Report of the Municipal Commissioner on the plague in Bombay for the year ending 31st May... - Volume 1
Disease focus: Plague
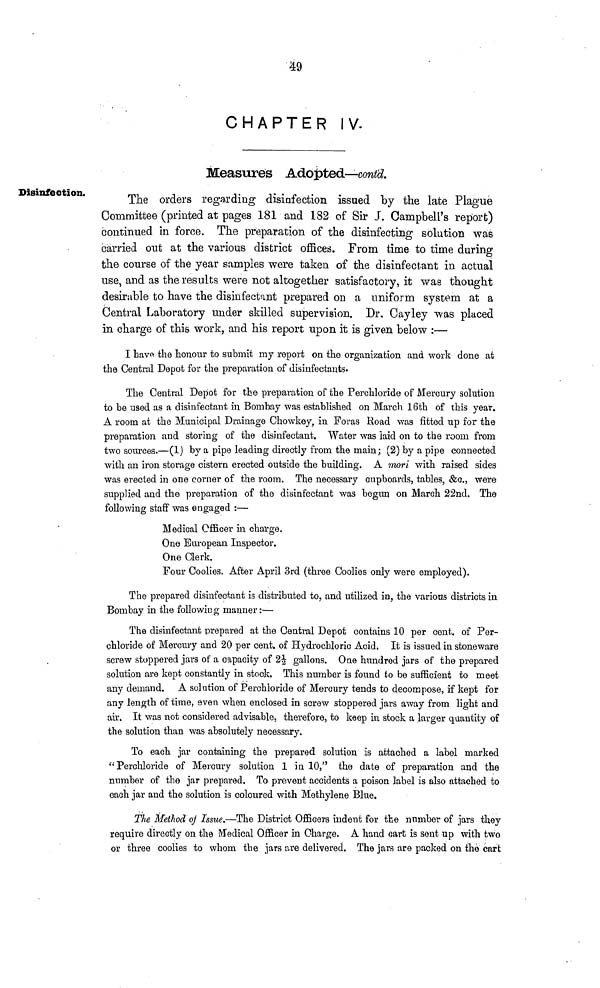
49
CHAPTER IV.
Measures Adopted—contd.
Disinfection.
The orders regarding disinfection issued by the late Plague
Committee (printed at pages 181 and 182 of Sir J. Campbell's report)
continued in force. The preparation of the disinfecting solution was
carried out at the various district offices. From time to time during
the course of the year samples were taken of the disinfectant in actual
use, and as the results were not altogether satisfactory, it was thought
desirable to have the disinfectant prepared on a uniform system at a
Central Laboratory under skilled supervision. Dr, Cayley was placed
in charge of this work, and his report upon it is given below :—
I have the honour to submit my report on the organization and work done at
the Central Depot for the preparation of disinfectants.
The Central Depot for the preparation of the Perchloride of Mercury solution
to be used as a disinfectant in Bombay was established on March 16th of this year.
A room at the Municipal Drainage Chowkey, in Foras Road was fitted up for the
preparation and storing of the disinfectant. Water was laid on to the room from
two sources.—(1) by a pipe leading directly from the main; (2) by a pipe connected
with an iron storage cistern erected outside the building. A mori with raised sides
was erected in one corner of the room. The necessary cupboards, tables, &c., were
supplied and the preparation of the disinfectant was begun on March 22nd. The
following staff was engaged :—
Medical Officer in charge.
One European Inspector.
One Clerk.
Four Coolies. After April 3rd (three Coolies only were employed).
The prepared disinfectant is distributed to, and utilized in, the various districts in
Bombay in the following manner :—
The disinfectant prepared at the Central Depot contains 10 per cent, of Per-
chloride of Mercury and 20 per cent, of Hydrochloric Acid. It is issued in stoneware
screw stoppered jars of a capacity of 21/2 gallons. One hundred jars of the prepared
solution are kept constantly in stock. This number is found to be sufficient to meet
any demand. A solution of Perchloride of Mercury tends to decompose, if kept for
any length of time, even when enclosed in screw stoppered jars away from light and
air. It was not considered advisable, therefore, to keep in stock a larger quantity of
the solution than was absolutely necessary.
To each jar containing the prepared solution is attached a label marked
"Perchloride of Mercury solution 1 in 10," the date of preparation and the
number of the jar prepared. To prevent accidents a poison label is also attached to
each jar and the solution is coloured with Méthylène Blue.
The Method oj Issue.—The District Officers indent for the number of jars they
require directly on the Medical Officer in Charge. A hand cart is sent up with two
or three coolies to whom the jars are delivered. The jars are packed on the cart